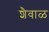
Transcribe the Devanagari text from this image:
शैवाळ